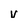
Character: v